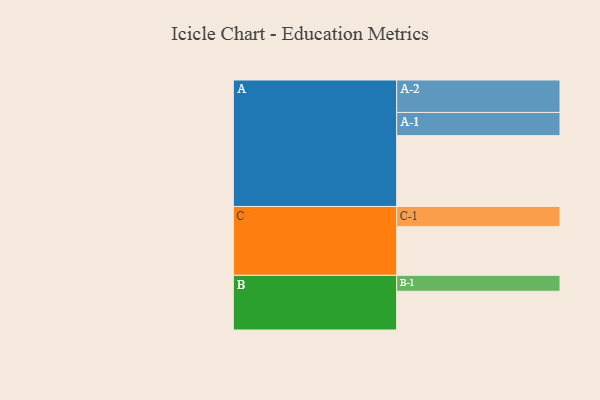
{"axis": {"x": "Segment", "y": "Value"}, "legend": ["", "A", "B", "C"], "data": [{"x": "A", "y": 574, "type": ""}, {"x": "B", "y": 314, "type": ""}, {"x": "C", "y": 394, "type": ""}, {"x": "A-1", "y": 188, "type": "A"}, {"x": "A-2", "y": 263, "type": "A"}, {"x": "B-1", "y": 129, "type": "B"}, {"x": "C-1", "y": 164, "type": "C"}]}